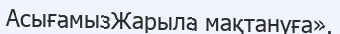
АсығамызЖарыла мақтануға».